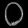
Digit: ၀